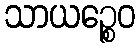
သာယဉ္စေဝ